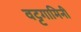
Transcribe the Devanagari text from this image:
वट्टगामिनी